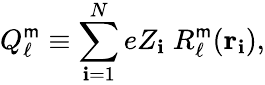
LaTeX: Q_{\ell}^{\mathsf{m}}\equiv\sum_{\mathbf{i}=1}^{N}eZ_{\mathbf{i}}\; R_{\ell}^{\mathsf{m}}(\mathbf{{r}}_{\mathbf{i}}),